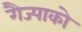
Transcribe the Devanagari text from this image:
गैज्पाको